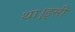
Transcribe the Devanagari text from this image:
था।इसी